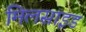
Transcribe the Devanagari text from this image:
मिलसाइड